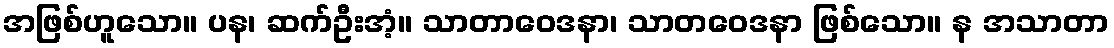
အဖြစ်ဟူသော။ ပန၊ ဆက်ဦးအံ့။ သာတာဝေဒနာ၊ သာတဝေဒနာ ဖြစ်သော။ န အသာတာ